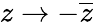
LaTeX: z\rightarrow-{\overline{{z}}}